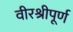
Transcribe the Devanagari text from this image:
वीरश्रीपूर्ण